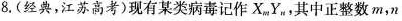
8. (经典，江苏高考)现有某类病毒记作X_{m}Y_{n}，其中正整数m，n